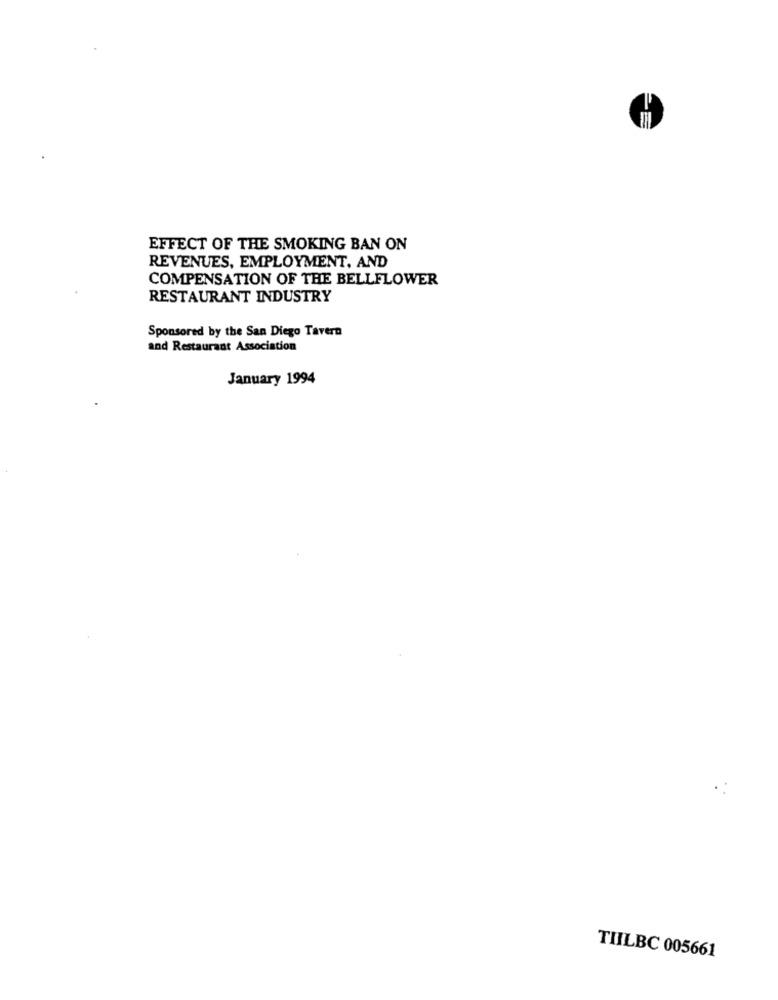
EFFECT OF THE SMOKING BAN ON
REVENUES, EMPLOYMENT, AND
COMPENSATION OF THE BELLFLOWER
RESTAURANT INDUSTRY
Sponsored by the San Diego Tavern
and Restaurant Association
January 1994
TIILBC 005661